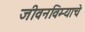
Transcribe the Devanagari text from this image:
जीवनविम्याचे